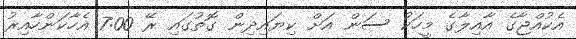
އެކުއްޖާގެ އާއިލާގެ މީހަކު ސަން އަށް ކިޔައިދިން ގޮތުގައި ރޭ 7:00 އެހާކަންހާއިރު